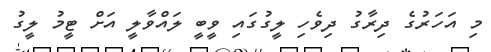
މި އަހަރުގެ ދިރާގު ދިވެހި ލީގުގައި ވީބީ ލައްވާލީ އަށް ޓީމު ލީގު